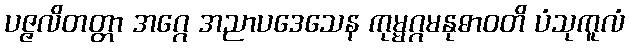
ပဇ္ဇလိတတ္တာ အဂ္ဂေ အညာပဒေသေန ကုမ္မဂ္ဂမနုဓာဝတိ ပံသုကူလံ